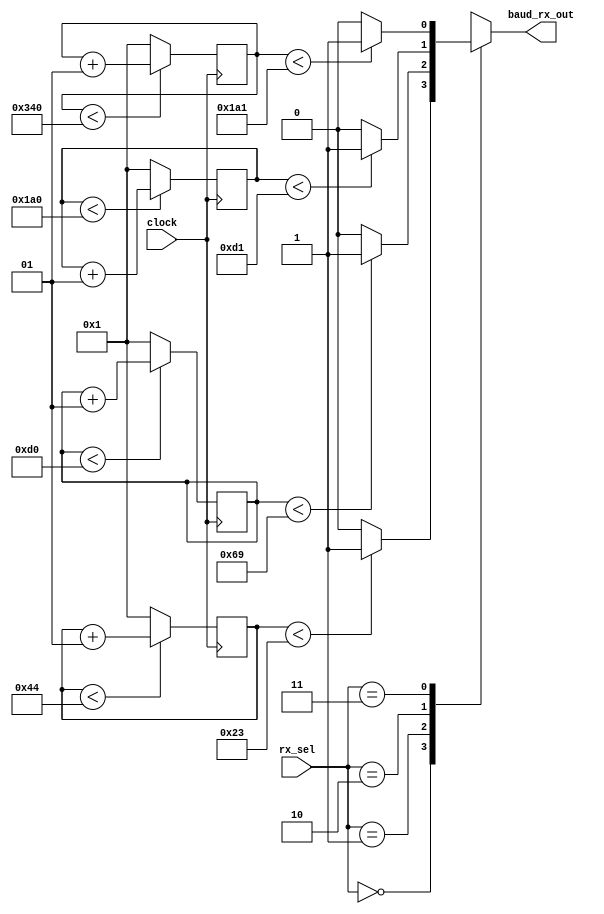
//BAUD GENERATE RECIEVER

module baud_generate_rx(clock, rx_sel, baud_rx_out);

input clock;
input [1:0]rx_sel;
output reg baud_rx_out;
wire baud_tick_115200bps, baud_tick_38400bps, baud_tick_19200bps, baud_tick_9600bps;

integer count1=0;
integer count2=0;
integer count3=0;
integer count4=0;

always@(posedge clock)
if(count1<68)
count1<=count1+1;
else
count1<=1;

assign baud_tick_115200bps=(count1<35)?1:0;

always@(posedge clock)
if(count2<208)
count2<=count2+1;
else
count2<=1;

assign baud_tick_38400bps =(count2<105)?1:0;

always@(posedge clock)
if(count3<416)
count3<=count3+1;
else
count3<=1;

assign baud_tick_19200bps =(count3<209)?1:0;

always@(posedge clock)
if(count4<832)
count4<=count4+1;
else
count4<=1;

assign baud_tick_9600bps =(count4<417)?1:0;

always@(rx_sel, baud_tick_115200bps, baud_tick_38400bps, baud_tick_19200bps, baud_tick_9600bps)
begin
case(rx_sel)
2'b00 : baud_rx_out = baud_tick_115200bps;
2'b01 : baud_rx_out = baud_tick_38400bps;
2'b10 : baud_rx_out = baud_tick_19200bps;
2'b11 : baud_rx_out = baud_tick_9600bps;
endcase
end
endmodule